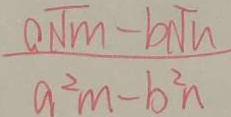
\frac { a \sqrt { m } - b \sqrt { n } } { a ^ { 2 } m - b ^ { 2 } n }